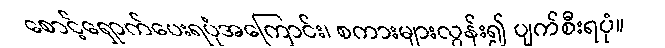
စောင့်ရှောက်ပေးရပုံအကြောင်း၊ စကားများလွန်း၍ ပျက်စီးရပုံ။